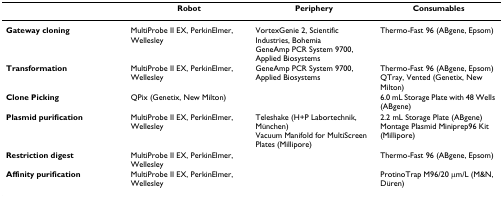
<table><thead><tr><td></td><td><b>Robot</b></td><td><b>Periphery</b></td><td><b>Consumables</b></td></tr></thead><tbody><tr><td><b>Gateway cloning</b></td><td>MultiProbe II EX, PerkinElmer, Wellesley</td><td>VortexGenie 2, Scientific Industries, BohemiaGeneAmp PCR System 9700, Applied Biosystems</td><td>Thermo-Fast 96 (ABgene, Epsom)</td></tr><tr><td><b>Transformation</b></td><td>MultiProbe II EX, PerkinElmer, Wellesley</td><td>GeneAmp PCR System 9700, Applied Biosystems</td><td>Thermo-Fast 96 (ABgene, Epsom)QTray, Vented (Genetix, New Milton)</td></tr><tr><td><b>Clone Picking</b></td><td>QPix (Genetix, New Milton)</td><td></td><td>6.0 mL Storage Plate with 48 Wells (ABgene)</td></tr><tr><td><b>Plasmid purification</b></td><td>MultiProbe II EX, PerkinElmer, Wellesley</td><td>Teleshake (H+P Labortechnik, München)Vacuum Manifold for MultiScreen Plates (Millipore)</td><td>2.2 mL Storage Plate (ABgene)Montage Plasmid Miniprep96 Kit (Millipore)</td></tr><tr><td><b>Restriction digest</b></td><td>MultiProbe II EX, PerkinElmer, Wellesley</td><td></td><td>Thermo-Fast 96 (ABgene, Epsom)</td></tr><tr><td><b>Affinity purification</b></td><td>MultiProbe II EX, PerkinElmer, Wellesley</td><td></td><td>ProtinoTrap M96/20 μm/L (M&amp;N, Düren)</td></tr></tbody></table>